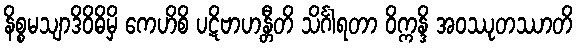
နိစ္စမသျာဒိဝိဓိမှိ ကေဟိစိ ပဋိဗာဟန္တီတိ သိင်္ဂါရတာ ဝိက္ကန္ဒိ အဝဿုတဿာတိ